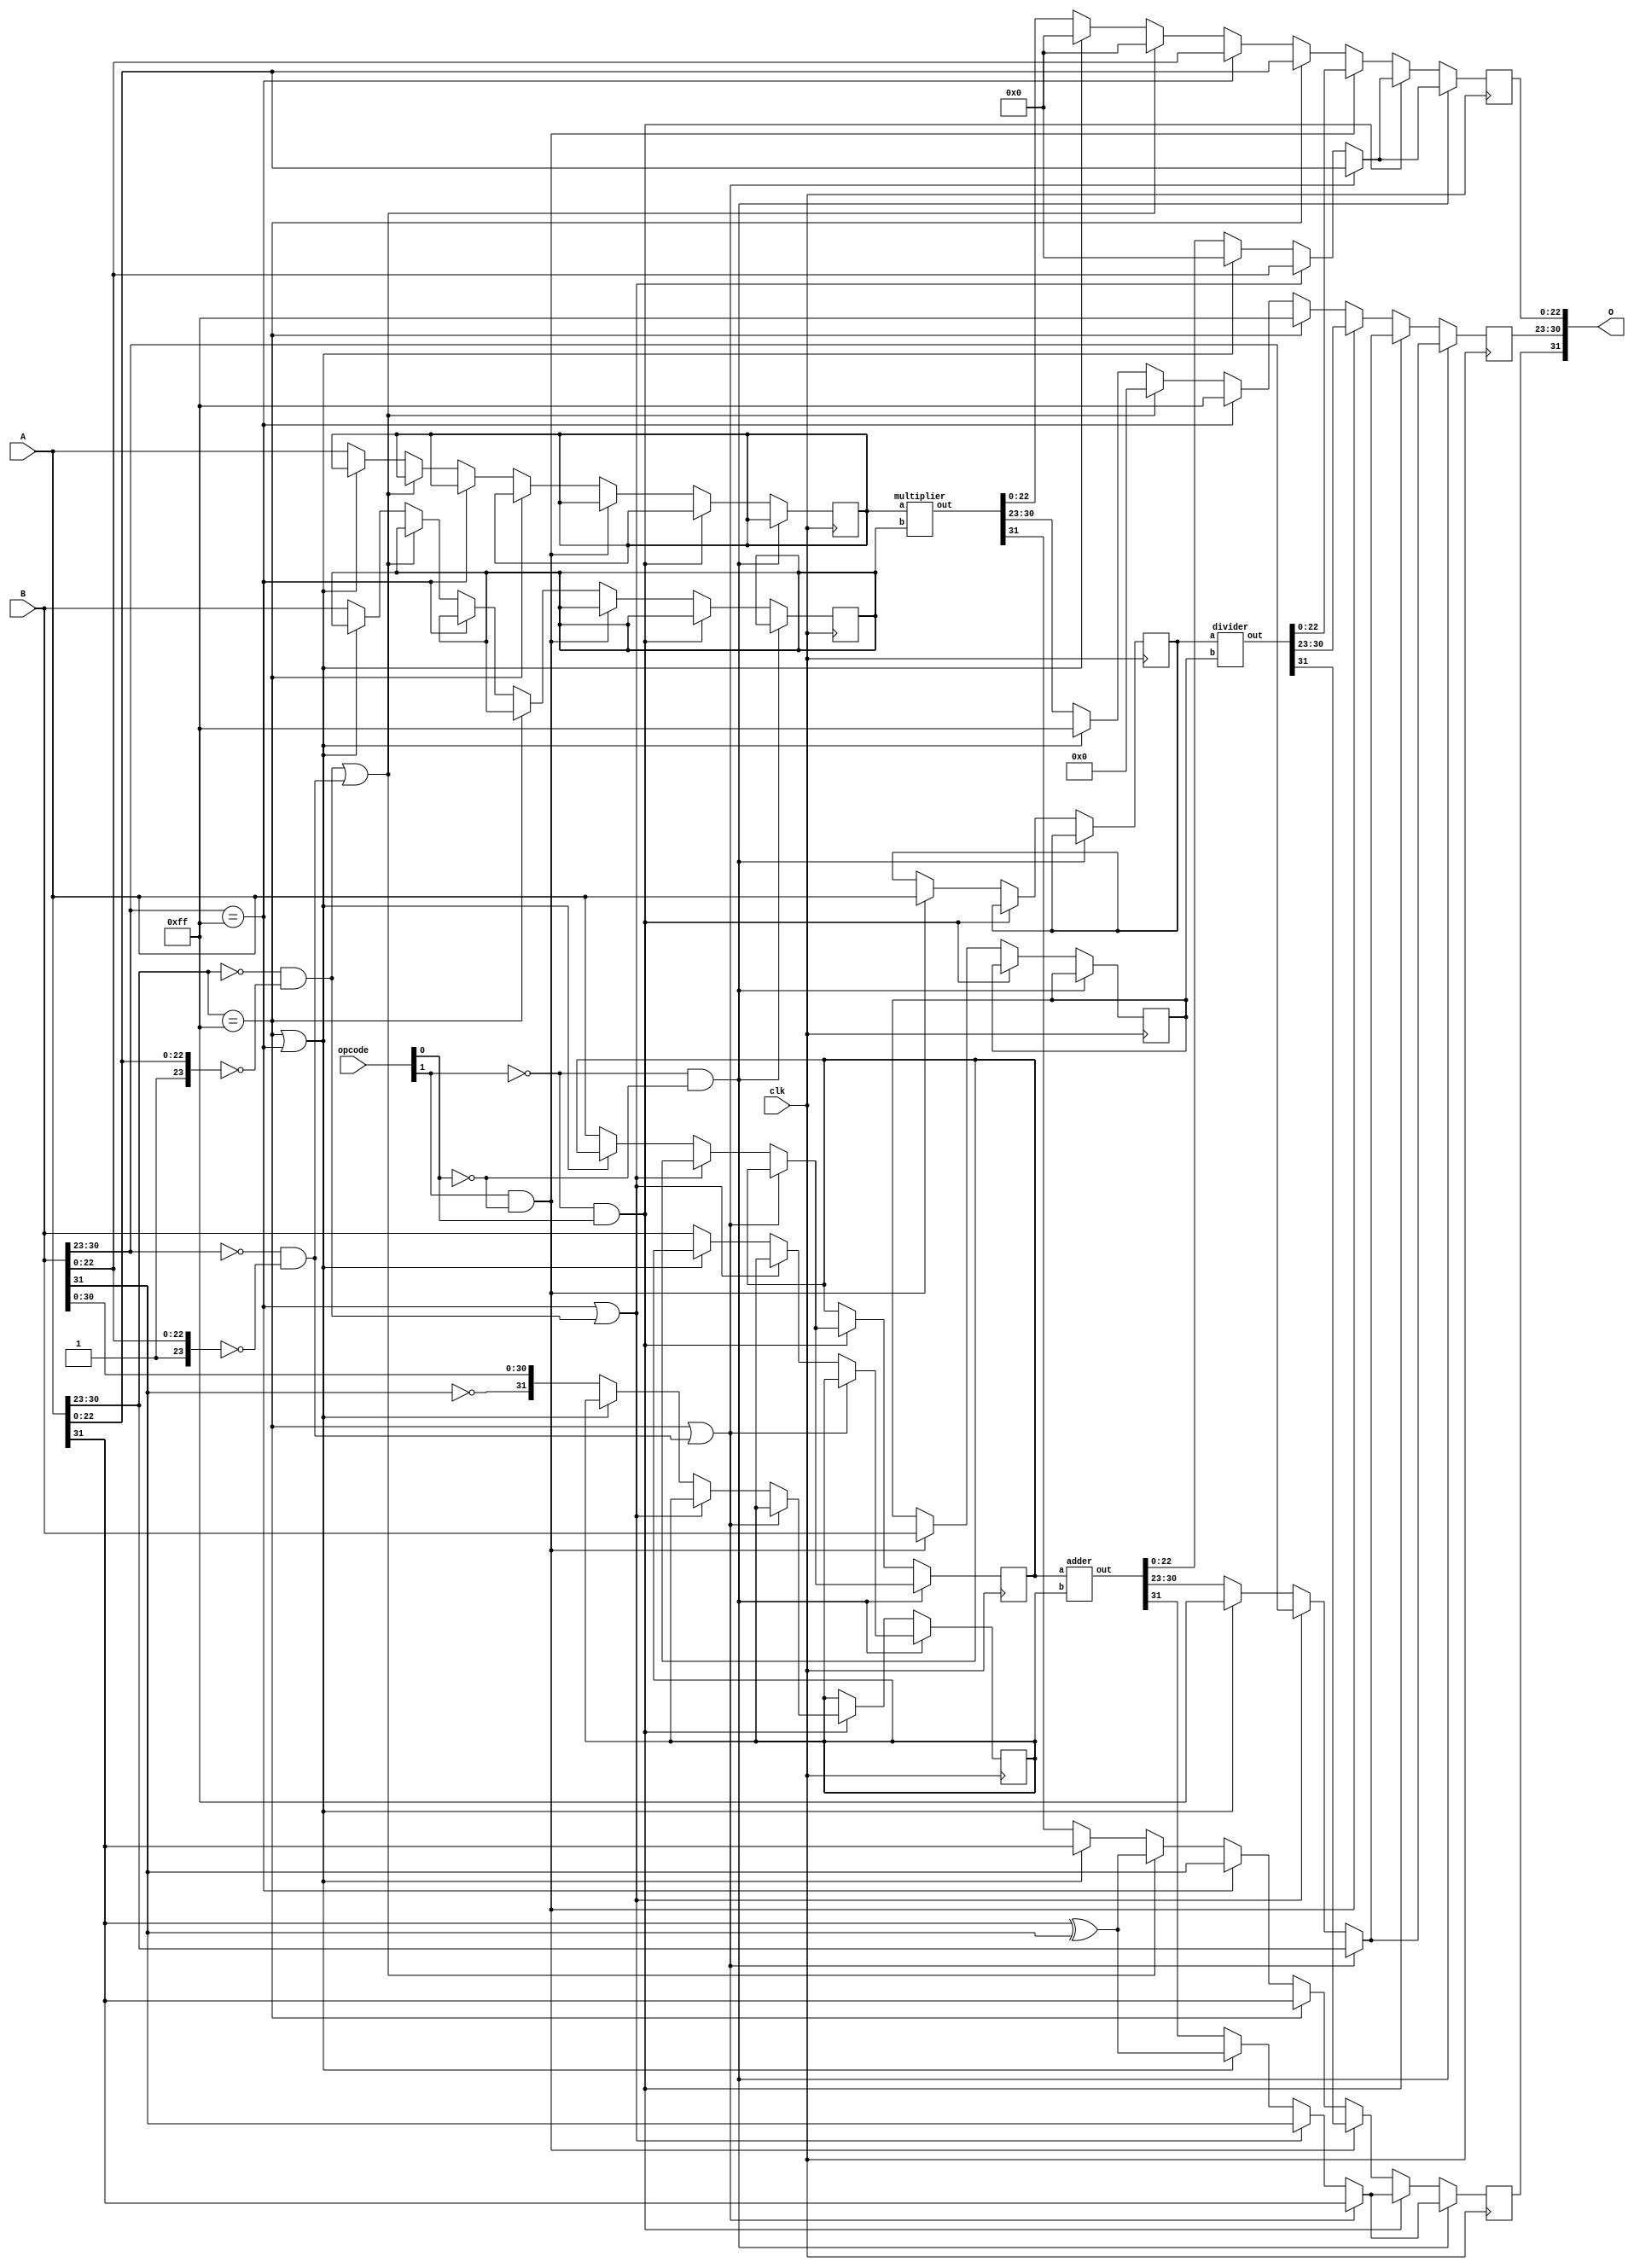
//IEEE 754 Single Precision ALU
module fpu(clk, A, B, opcode, O);
	input clk;
	input [31:0] A, B;
	input [1:0] opcode;
	output [31:0] O;

	wire [31:0] O;
	wire [7:0] a_exponent;
	wire [23:0] a_mantissa;
	wire [7:0] b_exponent;
	wire [23:0] b_mantissa;

	reg        o_sign;
	reg [7:0]  o_exponent;
	reg [24:0] o_mantissa;


	reg [31:0] adder_a_in;
	reg [31:0] adder_b_in;
	wire [31:0] adder_out;

	reg [31:0] multiplier_a_in;
	reg [31:0] multiplier_b_in;
	wire [31:0] multiplier_out;

	reg [31:0] divider_a_in;
	reg [31:0] divider_b_in;
	wire [31:0] divider_out;

	assign O[31] = o_sign;
	assign O[30:23] = o_exponent;
	assign O[22:0] = o_mantissa[22:0];

	assign a_sign = A[31];
	assign a_exponent[7:0] = A[30:23];
	assign a_mantissa[23:0] = {1'b1, A[22:0]};

	assign b_sign = B[31];
	assign b_exponent[7:0] = B[30:23];
	assign b_mantissa[23:0] = {1'b1, B[22:0]};

	assign ADD = !opcode[1] & !opcode[0];
	assign SUB = !opcode[1] & opcode[0];
	assign DIV = opcode[1] & !opcode[0];
	assign MUL = opcode[1] & opcode[0];

	adder A1
	(
		.a(adder_a_in),
		.b(adder_b_in),
		.out(adder_out)
	);

	multiplier M1
	(
		.a(multiplier_a_in),
		.b(multiplier_b_in),
		.out(multiplier_out)
	);

	divider D1
	(
		.a(divider_a_in),
		.b(divider_b_in),
		.out(divider_out)
	);

	always @ (posedge clk) begin
		if (ADD) begin
			//If a is NaN or b is zero return a
			if ((a_exponent == 255 && a_mantissa != 0) || (b_exponent == 0) && (b_mantissa == 0)) begin
				o_sign = a_sign;
				o_exponent = a_exponent;
				o_mantissa = a_mantissa;
			//If b is NaN or a is zero return b
			end else if ((b_exponent == 255 && b_mantissa != 0) || (a_exponent == 0) && (a_mantissa == 0)) begin
				o_sign = b_sign;
				o_exponent = b_exponent;
				o_mantissa = b_mantissa;
			//if a or b is inf return inf
			end else if ((a_exponent == 255) || (b_exponent == 255)) begin
				o_sign = a_sign ^ b_sign;
				o_exponent = 255;
				o_mantissa = 0;
			end else begin // Passed all corner cases
				adder_a_in = A;
				adder_b_in = B;
				o_sign = adder_out[31];
				o_exponent = adder_out[30:23];
				o_mantissa = adder_out[22:0];
			end
		end else if (SUB) begin
			//If a is NaN or b is zero return a
			if ((a_exponent == 255 && a_mantissa != 0) || (b_exponent == 0) && (b_mantissa == 0)) begin
				o_sign = a_sign;
				o_exponent = a_exponent;
				o_mantissa = a_mantissa;
			//If b is NaN or a is zero return b
			end else if ((b_exponent == 255 && b_mantissa != 0) || (a_exponent == 0) && (a_mantissa == 0)) begin
				o_sign = b_sign;
				o_exponent = b_exponent;
				o_mantissa = b_mantissa;
			//if a or b is inf return inf
			end else if ((a_exponent == 255) || (b_exponent == 255)) begin
				o_sign = a_sign ^ b_sign;
				o_exponent = 255;
				o_mantissa = 0;
			end else begin // Passed all corner cases
				adder_a_in = A;
				adder_b_in = {~B[31], B[30:0]};
				o_sign = adder_out[31];
				o_exponent = adder_out[30:23];
				o_mantissa = adder_out[22:0];
			end
		end else if (DIV) begin
			divider_a_in = A;
			divider_b_in = B;
			o_sign = divider_out[31];
			o_exponent = divider_out[30:23];
			o_mantissa = divider_out[22:0];
		end else begin //Multiplication
			//If a is NaN return NaN
			if (a_exponent == 255 && a_mantissa != 0) begin
				o_sign = a_sign;
				o_exponent = 255;
				o_mantissa = a_mantissa;
			//If b is NaN return NaN
			end else if (b_exponent == 255 && b_mantissa != 0) begin
				o_sign = b_sign;
				o_exponent = 255;
				o_mantissa = b_mantissa;
			//If a or b is 0 return 0
			end else if ((a_exponent == 0) && (a_mantissa == 0) || (b_exponent == 0) && (b_mantissa == 0)) begin
				o_sign = a_sign ^ b_sign;
				o_exponent = 0;
				o_mantissa = 0;
			//if a or b is inf return inf
			end else if ((a_exponent == 255) || (b_exponent == 255)) begin
				o_sign = a_sign;
				o_exponent = 255;
				o_mantissa = 0;
			end else begin // Passed all corner cases
				multiplier_a_in = A;
				multiplier_b_in = B;
				o_sign = multiplier_out[31];
				o_exponent = multiplier_out[30:23];
				o_mantissa = multiplier_out[22:0];
			end
		end
	end
endmodule


module adder(a, b, out);
  input  [31:0] a, b;
  output [31:0] out;

  wire [31:0] out;
	reg a_sign;
	reg [7:0] a_exponent;
	reg [23:0] a_mantissa;
	reg b_sign;
	reg [7:0] b_exponent;
	reg [23:0] b_mantissa;

  reg o_sign;
  reg [7:0] o_exponent;
  reg [24:0] o_mantissa;

  reg [7:0] diff;
  reg [23:0] tmp_mantissa;
  reg [7:0] tmp_exponent;


  reg  [7:0] i_e;
  reg  [24:0] i_m;
  wire [7:0] o_e;
  wire [24:0] o_m;
  
    reg [23:0] add_a_in0;
	reg [23:0] add_b_in0;
	wire [24:0] add_out0;

	fa_24b add0
	(
		.a(add_a_in0),
		.b(add_b_in0),
		.out(add_out0)
	);

	reg [23:0] add_a_in1;
	reg [23:0] add_b_in1;
	wire [24:0] add_out1;

	fa_24b add1
	(
		.a(add_a_in1),
		.b(add_b_in1),
		.out(add_out1)
	);

	reg [23:0] add_a_in2;
	reg [23:0] add_b_in2;
	wire [24:0] add_out2;

	fa_24b add2
	(
		.a(add_a_in2),
		.b(add_b_in2),
		.out(add_out2)
	);

	reg [23:0] add_a_in3;
	reg [23:0] add_b_in3;
	wire [24:0] add_out3;

	fa_24b add3
	(
		.a(add_a_in3),
		.b(add_b_in3),
		.out(add_out3)
	);

	reg [23:0] add_a_in4;
	reg [23:0] add_b_in4;
	wire [24:0] add_out4;

	fa_24b add4
	(
		.a(add_a_in4),
		.b(add_b_in4),
		.out(add_out4)
	);

	reg [23:0] add_a_in5;
	reg [23:0] add_b_in5;
	wire [24:0] add_out5;

	fa_24b add5
	(
		.a(add_a_in5),
		.b(add_b_in5),
		.out(add_out5)
	);

	reg [23:0] add_a_in6;
	reg [23:0] add_b_in6;
	wire [24:0] add_out6;

	fa_24b add6
	(
		.a(add_a_in6),
		.b(add_b_in6),
		.out(add_out6)
	);

	reg [23:0] add_a_in7;
	reg [23:0] add_b_in7;
	wire [24:0] add_out7;

	fa_24b add7
	(
		.a(add_a_in7),
		.b(add_b_in7),
		.out(add_out7)
	);

	reg [23:0] add_a_in8;
	reg [23:0] add_b_in8;
	wire [24:0] add_out8;

	fa_24b add8
	(
		.a(add_a_in8),
		.b(add_b_in8),
		.out(add_out8)
	);

	reg [23:0] add_a_in9;
	reg [23:0] add_b_in9;
	wire [24:0] add_out9;

	fa_24b add9
	(
		.a(add_a_in9),
		.b(add_b_in9),
		.out(add_out9)
	);
	
	reg [2:0] shift_n0;
	reg [7:0] shift_in0;
	wire [7:0] shift_out0;
	
	barrel_shifter_8bit_R sh0
	(
		.in(shift_in0),
		.ctrl(shift_n0),
		.out(shift_out0)
	);
	
	reg [2:0] shift_n1;
	reg [7:0] shift_in1;
	wire [7:0] shift_out1;
	
	barrel_shifter_8bit_R sh1
	(
		.in(shift_in1),
		.ctrl(shift_n1),
		.out(shift_out1)
	);
  

  assign out[31] = o_sign;
  assign out[30:23] = o_exponent;
  assign out[22:0] = o_mantissa[22:0];

  always @ ( * ) begin
		a_sign = a[31];
		if(a[30:23] == 0) begin
			a_exponent = 8'b00000001;
			a_mantissa = {1'b0, a[22:0]};
		end else begin
			a_exponent = a[30:23];
			a_mantissa = {1'b1, a[22:0]};
		end
		b_sign = b[31];
		if(b[30:23] == 0) begin
			b_exponent = 8'b00000001;
			b_mantissa = {1'b0, b[22:0]};
		end else begin
			b_exponent = b[30:23];
			b_mantissa = {1'b1, b[22:0]};
		end
    if (a_exponent == b_exponent) begin // Equal exponents
      o_exponent = a_exponent;
      if (a_sign == b_sign) begin // Equal signs = add
        // o_mantissa = a_mantissa + b_mantissa;
		add_a_in0 = a_mantissa;
		add_b_in0 = b_mantissa;
		o_mantissa = add_out0;
        //Signify to shift
        o_mantissa[24] = 1;
        o_sign = a_sign;
      end else begin // Opposite signs = subtract
        if(a_mantissa > b_mantissa) begin
          // o_mantissa = a_mantissa - b_mantissa;
		  add_a_in1 = a_mantissa;
		  add_b_in1 = ~b_mantissa;
		  o_mantissa = add_out1;		
          o_sign = a_sign;
        end else begin
          // o_mantissa = b_mantissa - a_mantissa;
		  add_a_in2 = ~a_mantissa;
		  add_b_in2 = b_mantissa;
		  o_mantissa = add_out2;
          o_sign = b_sign;
        end
      end
    end else begin //Unequal exponents
      if (a_exponent > b_exponent) begin // A is bigger
        o_exponent = a_exponent;
        o_sign = a_sign;
		// diff = a_exponent - b_exponent;
		add_a_in3 = {16'h00, a_exponent};
		add_b_in3 = {16'h00, ~b_exponent};
		diff = add_out3[7:0];
        //tmp_mantissa = b_mantissa >> diff;
		if (diff > 8) begin // A much bigger than B
			o_sign = a_sign;
			o_exponent = a_exponent;
			o_mantissa = a_mantissa;
			end
		else begin
		shift_n0 = diff[2:0];
		shift_in0 = {24'h00, b_mantissa};
		tmp_mantissa = {16'h00, shift_out0};
        if (a_sign == b_sign) begin
          // o_mantissa = a_mantissa + tmp_mantissa;
		  add_a_in4 = a_mantissa;
		  add_b_in4 = tmp_mantissa;
		  o_mantissa = add_out4;
		  end
        else begin
          	// o_mantissa = a_mantissa - tmp_mantissa;
			add_a_in5 = a_mantissa;
			add_b_in5 = ~tmp_mantissa;
			o_mantissa = add_out5;
			end
		end
      end
	  else if (a_exponent < b_exponent) begin // B is bigger
        o_exponent = b_exponent;
        o_sign = b_sign;
        // diff = b_exponent - a_exponent;
		add_a_in6 = {16'h00, ~a_exponent};
		add_b_in6 = {16'h00, b_exponent};
		diff = add_out6[7:0];
		if (diff > 8) begin // B much bigger than A
			o_sign = b_sign;
			o_exponent = b_exponent;
			o_mantissa = b_mantissa;
		end
		else begin
		tmp_mantissa = a_mantissa >> diff;
		// shift_n1 = diff[2:0];
		// shift_in1 = {24'h00, a_mantissa};
		// tmp_mantissa = {16'h00, shift_out1};
        if (a_sign == b_sign) begin
          // o_mantissa = b_mantissa + tmp_mantissa;
		  add_a_in7 = b_mantissa;
		  add_b_in7 = tmp_mantissa;
		  o_mantissa = add_out7;
        end else begin
		  // o_mantissa = b_mantissa - tmp_mantissa;
		  add_a_in8 = b_mantissa;
		  add_b_in8 = ~tmp_mantissa;
		  o_mantissa = add_out8;
        end
		end
      end
    end
    if(o_mantissa[24] == 1) begin
      // o_exponent = o_exponent + 1;
	  add_a_in9 = {16'h00, o_exponent};
	  add_b_in9 = 24'h01;
	  o_exponent = add_out9[7:0];
      //o_mantissa = o_mantissa >> 1;
	  tmp_mantissa = o_mantissa[24:1];
	  o_mantissa = {1'b0, tmp_mantissa};
    end else if((o_mantissa[23] != 1) && (o_exponent != 0)) begin
      i_e = o_exponent;
      i_m = o_mantissa;
      o_exponent = o_e;
      o_mantissa = o_m;
    end
  end
endmodule

module multiplier(a, b, out);
  input  [31:0] a, b;
  output [31:0] out;

  wire [31:0] out;
	reg a_sign;
  reg [7:0] a_exponent;
  reg [23:0] a_mantissa;
	reg b_sign;
  reg [7:0] b_exponent;
  reg [23:0] b_mantissa;

  reg o_sign;
  reg [7:0] o_exponent;
  reg [24:0] o_mantissa;

	reg [47:0] product;

  assign out[31] = o_sign;
  assign out[30:23] = o_exponent;
  assign out[22:0] = o_mantissa[22:0];

	reg  [7:0] i_e;
	reg  [47:0] i_m;
	wire [7:0] o_e;
	wire [47:0] o_m;

	multiplication_normaliser norm1
	(
		.in_e(i_e),
		.in_m(i_m),
		.out_e(o_e),
		.out_m(o_m)
	);


  always @ ( * ) begin
		a_sign = a[31];
		if(a[30:23] == 0) begin
			a_exponent = 8'b00000001;
			a_mantissa = {1'b0, a[22:0]};
		end else begin
			a_exponent = a[30:23];
			a_mantissa = {1'b1, a[22:0]};
		end
		b_sign = b[31];
		if(b[30:23] == 0) begin
			b_exponent = 8'b00000001;
			b_mantissa = {1'b0, b[22:0]};
		end else begin
			b_exponent = b[30:23];
			b_mantissa = {1'b1, b[22:0]};
		end
    o_sign = a_sign ^ b_sign;
    o_exponent = a_exponent + b_exponent - 127;
    product = a_mantissa * b_mantissa;
		// Normalization
    if(product[47] == 1) begin
      o_exponent = o_exponent + 1;
      product = product >> 1;
    end else if((product[46] != 1) && (o_exponent != 0)) begin
      i_e = o_exponent;
      i_m = product;
      o_exponent = o_e;
      product = o_m;
    end
		o_mantissa = product[46:23];
	end
endmodule

module addition_normaliser(in_e, in_m, out_e, out_m);
  input [7:0] in_e;
  input [24:0] in_m;
  output [7:0] out_e;
  output [24:0] out_m;

  wire [7:0] in_e;
  wire [24:0] in_m;
  reg [7:0] out_e;
  reg [24:0] out_m;
  
  reg [23:0] add_a_in;
  reg [23:0] add_b_in;
  wire [24:0] add_out;

  fa_24b norm0
  (
	.a(add_a_in),
	.b(add_b_in),
	.out(add_out)
  );

  always @ ( * ) begin
		if (in_m[23:3] == 21'b000000000000000000001) begin
			out_e = in_e - 20;
			// add_a_in = {16'h00, in_e};
			// add_b_in = ~24'd20;
			// out_e = add_out[7:0];
			out_m = in_m << 20;
		end else if (in_m[23:4] == 20'b00000000000000000001) begin
			out_e = in_e - 19;
			// add_a_in = {16'h00, in_e};
			// add_b_in = ~24'd19;
			// out_e = add_out[7:0];
			out_m = in_m << 19;
		end else if (in_m[23:5] == 19'b0000000000000000001) begin
			out_e = in_e - 18;
			// add_a_in = {16'h00, in_e};
			// add_b_in = ~24'd18;
			// out_e = add_out[7:0];			
			out_m = in_m << 18;
		end else if (in_m[23:6] == 18'b000000000000000001) begin
			out_e = in_e - 17;
			// add_a_in = {16'h00, in_e};
			// add_b_in = ~24'd17;
			// out_e = add_out[7:0];
			out_m = in_m << 17;
		end else if (in_m[23:7] == 17'b00000000000000001) begin
			out_e = in_e - 16;
			// add_a_in = {16'h00, in_e};
			// add_b_in = ~24'd16;
			// out_e = add_out[7:0];
			out_m = in_m << 16;
		end else if (in_m[23:8] == 16'b0000000000000001) begin
			out_e = in_e - 15;
			// add_a_in = {16'h00, in_e};
			// add_b_in = ~24'd15;
			// out_e = add_out[7:0];
			out_m = in_m << 15;
		end else if (in_m[23:9] == 15'b000000000000001) begin
			out_e = in_e - 14;
			// add_a_in = {16'h00, in_e};
			// add_b_in = ~24'd14;
			// out_e = add_out[7:0];
			out_m = in_m << 14;
		end else if (in_m[23:10] == 14'b00000000000001) begin
			out_e = in_e - 13;
			// add_a_in = {16'h00, in_e};
			// add_b_in = ~24'd13;
			// out_e = add_out[7:0];
			out_m = in_m << 13;
		end else if (in_m[23:11] == 13'b0000000000001) begin
			out_e = in_e - 12;
			// add_a_in = {16'h00, in_e};
			// add_b_in = ~24'd12;
			// out_e = add_out[7:0];
			out_m = in_m << 12;
		end else if (in_m[23:12] == 12'b000000000001) begin
			out_e = in_e - 11;
			// add_a_in = {16'h00, in_e};
			// add_b_in = ~24'd11;
			// out_e = add_out[7:0];
			out_m = in_m << 11;
		end else if (in_m[23:13] == 11'b00000000001) begin
			out_e = in_e - 10;
			// add_a_in = {16'h00, in_e};
			// add_b_in = ~24'd10;
			// out_e = add_out[7:0];
			out_m = in_m << 10;
		end else if (in_m[23:14] == 10'b0000000001) begin
			out_e = in_e - 9;
			// add_a_in = {16'h00, in_e};
			// add_b_in = ~24'd9;
			// out_e = add_out[7:0];
			out_m = in_m << 9;
		end else if (in_m[23:15] == 9'b000000001) begin
			out_e = in_e - 8;
			// add_a_in = {16'h00, in_e};
			// add_b_in = ~24'd8;
			// out_e = add_out[7:0];
			out_m = in_m << 8;
		end else if (in_m[23:16] == 8'b00000001) begin
			out_e = in_e - 7;
			// add_a_in = {16'h00, in_e};
			// add_b_in = ~24'd7;
			// out_e = add_out[7:0];
			out_m = in_m << 7;
		end else if (in_m[23:17] == 7'b0000001) begin
			out_e = in_e - 6;
			// add_a_in = {16'h00, in_e};
			// add_b_in = ~24'd6;
			// out_e = add_out[7:0];
			out_m = in_m << 6;
		end else if (in_m[23:18] == 6'b000001) begin
			out_e = in_e - 5;
			// add_a_in = {16'h00, in_e};
			// add_b_in = ~24'd5;
			// out_e = add_out[7:0];
			out_m = in_m << 5;
		end else if (in_m[23:19] == 5'b00001) begin
			out_e = in_e - 4;
			// add_a_in = {16'h00, in_e};
			// add_b_in = ~24'd4;
			// out_e = add_out[7:0];
			out_m = in_m << 4;
		end else if (in_m[23:20] == 4'b0001) begin
			out_e = in_e - 3;
			// add_a_in = {16'h00, in_e};
			// add_b_in = ~24'd3;
			// out_e = add_out[7:0];
			out_m = in_m << 3;
		end else if (in_m[23:21] == 3'b001) begin
			out_e = in_e - 2;
			// add_a_in = {16'h00, in_e};
			// add_b_in = ~24'd2;
			// out_e = add_out[7:0];
			out_m = in_m << 2;
		end else if (in_m[23:22] == 2'b01) begin
			out_e = in_e - 1;
			// add_a_in = {16'h00, in_e};
			// add_b_in = ~24'd1;
			// out_e = add_out[7:0];
			out_m = in_m << 1;
		end
  end
endmodule

module multiplication_normaliser(in_e, in_m, out_e, out_m);
  input [7:0] in_e;
  input [47:0] in_m;
  output [7:0] out_e;
  output [47:0] out_m;

  wire [7:0] in_e;
  wire [47:0] in_m;
  reg [7:0] out_e;
  reg [47:0] out_m;

  always @ ( * ) begin
	  if (in_m[46:41] == 6'b000001) begin
			out_e = in_e - 5;
			out_m = in_m << 5;
		end else if (in_m[46:42] == 5'b00001) begin
			out_e = in_e - 4;
			out_m = in_m << 4;
		end else if (in_m[46:43] == 4'b0001) begin
			out_e = in_e - 3;
			out_m = in_m << 3;
		end else if (in_m[46:44] == 3'b001) begin
			out_e = in_e - 2;
			out_m = in_m << 2;
		end else if (in_m[46:45] == 2'b01) begin
			out_e = in_e - 1;
			out_m = in_m << 1;
		end
  end
endmodule

module divider (a, b, out);
	input [31:0] a;
	input [31:0] b;
	output [31:0] out;

	wire [31:0] b_reciprocal;

	reciprocal recip
	(
		.in(b),
		.out(b_reciprocal)
	);

	multiplier mult
	(
		.a(a),
		.b(b_reciprocal),
		.out(out)
	);

endmodule

module reciprocal (in, out);
	input [31:0] in;

	output [31:0] out;

	wire [31:0] D;
	wire [31:0] N0;
	wire [31:0] N1;
	wire [31:0] N2;

	assign out[31] = in[31];
	assign out[22:0] = N2[22:0];
	assign out[30:23] = (D==9'b100000000)? 9'h102 - in[30:23] : 9'h101 - in[30:23];

	assign D = {1'b0, 8'h80, in[22:0]};

	wire [31:0] C1; //C1 = 48/17
	assign C1 = 32'h4034B4B5;
	wire [31:0] C2; //C2 = 32/17
	assign C2 = 32'h3FF0F0F1;
	wire [31:0] C3; //C3 = 2.0
	assign C3 = 32'h40000000;


	//Temporary connection wires
	wire [31:0] S0_2D_out;
	wire [31:0] S1_DN0_out;
	wire [31:0] S1_2min_DN0_out;
	wire [31:0] S2_DN1_out;
	wire [31:0] S2_2minDN1_out;

	wire [31:0] S0_N0_in;

	assign S0_N0_in = {~S0_2D_out[31], S0_2D_out[30:0]};

	//S0
	multiplier S0_2D
	(
		.a(C2),
		.b(D),
		.out(S0_2D_out)
	);

	adder S0_N0
	(
		.a(C1),
		.b(S0_N0_in),
		.out(N0)
	);

	//S1
	multiplier S1_DN0
	(
		.a(D),
		.b(N0),
		.out(S1_DN0_out)
	);

	adder S1_2minDN0
	(
		.a(C3),
		.b({~S1_DN0_out[31], S1_DN0_out[30:0]}),
		.out(S1_2min_DN0_out)
	);

	multiplier S1_N1
	(
		.a(N0),
		.b(S1_2min_DN0_out),
		.out(N1)
	);

	//S2
	multiplier S2_DN1
	(
		.a(D),
		.b(N1),
		.out(S2_DN1_out)
	);

	adder S2_2minDN1
	(
		.a(C3),
		.b({~S2_DN1_out[31], S2_DN1_out[30:0]}),
		.out(S2_2minDN1_out)
	);

	multiplier S2_N2
	(
		.a(N1),
		.b(S2_2minDN1_out),
		.out(N2)
	);

endmodule

module fa(a, b, cin, out, cout);
input a, b, cin;
output out, cout;
wire a, b, cin;
reg out, cout;
reg s1, c1, c2;
always@(*) begin

s1 = a ^ b;
c1 = a & b;
out = s1 ^ cin;
c2 = s1 & cin;
cout = c1 | c2;
end
endmodule

module fa_24b(a, b, out);
input [23:0] a, b;
output [24:0] out;
wire [23:0] a, b;

wire [24:0] out;
wire [22:0] c;

fa d0(a[0], b[0], 1'b0, out[0], c[0]);
fa d1(a[1], b[1], c[0], out[1], c[1]);
fa d2(a[2], b[2], c[1], out[2], c[2]);
fa d3(a[3], b[3], c[2], out[3], c[3]);
fa d4(a[4], b[4], c[3], out[4], c[4]);
fa d5(a[5], b[5], c[4], out[5], c[5]);
fa d6(a[6], b[6], c[5], out[6], c[6]);
fa d7(a[7], b[7], c[6], out[7], c[7]);
fa d8(a[8], b[8], c[7], out[8], c[8]);
fa d9(a[9], b[9], c[8], out[9], c[9]);
fa d10(a[10], b[10], c[9], out[10], c[10]);
fa d11(a[11], b[11], c[10], out[11], c[11]);
fa d12(a[12], b[12], c[11], out[12], c[12]);
fa d13(a[13], b[13], c[12], out[13], c[13]);
fa d14(a[14], b[14], c[13], out[14], c[14]);
fa d15(a[15], b[15], c[14], out[15], c[15]);
fa d16(a[16], b[16], c[15], out[16], c[16]);
fa d17(a[17], b[17], c[16], out[17], c[17]);
fa d18(a[18], b[18], c[17], out[18], c[18]);
fa d19(a[19], b[19], c[18], out[19], c[19]);
fa d20(a[20], b[20], c[19], out[20], c[20]);
fa d21(a[21], b[21], c[20], out[21], c[21]);
fa d22(a[22], b[22], c[21], out[22], c[22]);
fa d23(a[23], b[23], c[22], out[23], out[24]);
endmodule

module mux2X1(in0, in1, sel, out);
input in0, in1, sel;
output out;
wire in0, in1, sel;
reg out;
always@(*) begin
out = sel?in1:in0;
end
endmodule

module barrel_shifter_8bit_R (in, ctrl, out);
  input  [7:0] in;
  input [2:0] ctrl;
  output [7:0] out;
  wire [7:0] x,y;
  
	//4bit shift right
	mux2X1  muxr_47 (.in0(in[7]),.in1(1'b0),.sel(ctrl[2]),.out(x[7]));
	mux2X1  muxr_46 (.in0(in[6]),.in1(1'b0),.sel(ctrl[2]),.out(x[6]));
	mux2X1  muxr_45 (.in0(in[5]),.in1(1'b0),.sel(ctrl[2]),.out(x[5]));
	mux2X1  muxr_44 (.in0(in[4]),.in1(1'b0),.sel(ctrl[2]),.out(x[4]));
	mux2X1  muxr_43 (.in0(in[3]),.in1(in[7]),.sel(ctrl[2]),.out(x[3]));
	mux2X1  muxr_42 (.in0(in[2]),.in1(in[6]),.sel(ctrl[2]),.out(x[2]));
	mux2X1  muxr_41 (.in0(in[1]),.in1(in[5]),.sel(ctrl[2]),.out(x[1]));
	mux2X1  muxr_40 (.in0(in[0]),.in1(in[4]),.sel(ctrl[2]),.out(x[0]));
	 
	//2 bit shift right
	 
	mux2X1  muxr_27 (.in0(x[7]),.in1(1'b0),.sel(ctrl[1]),.out(y[7]));
	mux2X1  muxr_26 (.in0(x[6]),.in1(1'b0),.sel(ctrl[1]),.out(y[6]));
	mux2X1  muxr_25 (.in0(x[5]),.in1(x[7]),.sel(ctrl[1]),.out(y[5]));
	mux2X1  muxr_24 (.in0(x[4]),.in1(x[6]),.sel(ctrl[1]),.out(y[4]));
	mux2X1  muxr_23 (.in0(x[3]),.in1(x[5]),.sel(ctrl[1]),.out(y[3]));
	mux2X1  muxr_22 (.in0(x[2]),.in1(x[4]),.sel(ctrl[1]),.out(y[2]));
	mux2X1  muxr_21 (.in0(x[1]),.in1(x[3]),.sel(ctrl[1]),.out(y[1]));
	mux2X1  muxr_20 (.in0(x[0]),.in1(x[2]),.sel(ctrl[1]),.out(y[0]));
	 
	//1 bit shift right
	mux2X1  muxr_17 (.in0(y[7]),.in1(1'b0),.sel(ctrl[0]),.out(out[7]));
	mux2X1  muxr_16 (.in0(y[6]),.in1(y[7]),.sel(ctrl[0]),.out(out[6]));
	mux2X1  muxr_15 (.in0(y[5]),.in1(y[6]),.sel(ctrl[0]),.out(out[5]));
	mux2X1  muxr_14 (.in0(y[4]),.in1(y[5]),.sel(ctrl[0]),.out(out[4]));
	mux2X1  muxr_13 (.in0(y[3]),.in1(y[4]),.sel(ctrl[0]),.out(out[3]));
	mux2X1  muxr_12 (.in0(y[2]),.in1(y[3]),.sel(ctrl[0]),.out(out[2]));
	mux2X1  muxr_11 (.in0(y[1]),.in1(y[2]),.sel(ctrl[0]),.out(out[1]));
	mux2X1  muxr_10 (.in0(y[0]),.in1(y[1]),.sel(ctrl[0]),.out(out[0]));
	
endmodule

module barrel_shifter_8bit_L (in, ctrl, out);
  input  [7:0] in;
  input [2:0] ctrl;
  output [7:0] out;
  wire [7:0] x,y;
  
	//1 bit shift left
	mux2X1 muxl_10 (.in0(1'b0), .in1(in[0]), .sel(ctrl[0]), .out(x[0]));
	mux2X1 muxl_11 (.in0(in[0]), .in1(in[1]), .sel(ctrl[0]), .out(x[1]));
	mux2X1 muxl_12 (.in0(in[1]), .in1(in[2]), .sel(ctrl[0]), .out(x[2]));
	mux2X1 muxl_13 (.in0(in[2]), .in1(in[3]), .sel(ctrl[0]), .out(x[3]));
	mux2X1 muxl_14 (.in0(in[3]), .in1(in[4]), .sel(ctrl[0]), .out(x[4]));
	mux2X1 muxl_15 (.in0(in[4]), .in1(in[5]), .sel(ctrl[0]), .out(x[5]));
	mux2X1 muxl_16 (.in0(in[5]), .in1(in[6]), .sel(ctrl[0]), .out(x[6]));
	mux2X1 muxl_17 (.in0(in[6]), .in1(in[7]), .sel(ctrl[0]), .out(x[7]));
	
	//2 bit shift left
	mux2X1 muxl_20 (.in0(1'b0), .in1(x[0]), .sel(ctrl[1]), .out(y[0]));
	mux2X1 muxl_21 (.in0(1'b0), .in1(x[1]), .sel(ctrl[1]), .out(y[1]));
	mux2X1 muxl_22 (.in0(x[0]), .in1(x[2]), .sel(ctrl[1]), .out(y[2]));
	mux2X1 muxl_23 (.in0(x[1]), .in1(x[3]), .sel(ctrl[1]), .out(y[3]));
	mux2X1 muxl_24 (.in0(x[2]), .in1(x[4]), .sel(ctrl[1]), .out(y[4]));
	mux2X1 muxl_25 (.in0(x[3]), .in1(x[5]), .sel(ctrl[1]), .out(y[5]));
	mux2X1 muxl_26 (.in0(x[4]), .in1(x[6]), .sel(ctrl[1]), .out(y[6]));
	mux2X1 muxl_27 (.in0(x[5]), .in1(x[7]), .sel(ctrl[1]), .out(y[7]));
	
	//4 bit shift left
	mux2X1 muxl_40 (.in0(1'b0), .in1(y[0]), .sel(ctrl[2]), .out(out[0]));
	mux2X1 muxl_41 (.in0(1'b0), .in1(y[1]), .sel(ctrl[2]), .out(out[1]));
	mux2X1 muxl_42 (.in0(1'b0), .in1(y[2]), .sel(ctrl[2]), .out(out[2]));
	mux2X1 muxl_43 (.in0(1'b0), .in1(y[3]), .sel(ctrl[2]), .out(out[3]));
	mux2X1 muxl_44 (.in0(y[2]), .in1(y[4]), .sel(ctrl[2]), .out(out[4]));
	mux2X1 muxl_45 (.in0(y[3]), .in1(y[5]), .sel(ctrl[2]), .out(out[5]));
	mux2X1 muxl_46 (.in0(y[4]), .in1(y[6]), .sel(ctrl[2]), .out(out[6]));
	mux2X1 muxl_47 (.in0(y[5]), .in1(y[7]), .sel(ctrl[2]), .out(out[7]));
	
endmodule